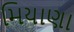
મિયાણા